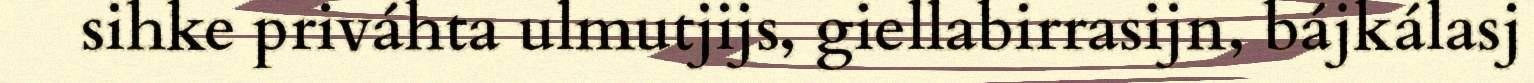
sihke priváhta ulmutjijs, giellabirrasijn, bájkálasj